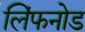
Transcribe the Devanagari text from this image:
लिंफनोड